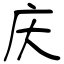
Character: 庆